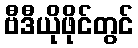
ဗီဒီယိုဖိုင်တွင်